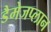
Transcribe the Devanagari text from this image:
डैमेजप्लान